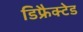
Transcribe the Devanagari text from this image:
डिफ्रैक्टेड